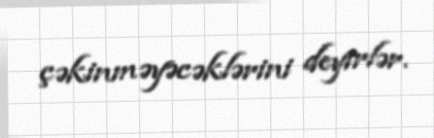
çəkinməyəcəklərini deyirlər.